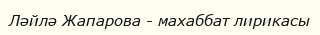
Ләйлә Жапарова - махаббат лирикасы